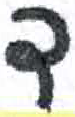
אות: ד